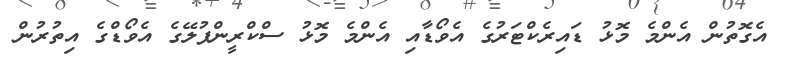
އެގޮޮތުން އެންމެ މޮޅު ޑައިރެކްޓަރުގެ އެވޯޑާއި އެންމެ މޮޅު ސްކްރީންޕުލޭގެ އެވޯޑްގެ އިތުރުން